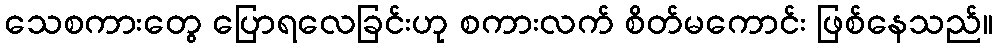
သေစကားတွေ ပြောရလေခြင်းဟု စကားလက် စိတ်မကောင်း ဖြစ်နေသည်။